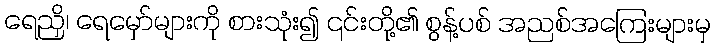
ရေညှိ၊ ရေမှော်များကို စားသုံး၍ ၎င်းတို့၏ စွန့်ပစ် အညစ်အကြေးများမှ